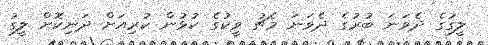
ލީގުގެ ދެވަނަ ބުރުގެ ދެވަނަ މެޗު ވީކުގެ ކުޅުން ކުރިއަށް ދަނިކޮށް ލީގު